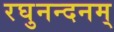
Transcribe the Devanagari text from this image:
रघुनन्दनम्‌